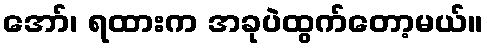
အော်၊ ရထားက အခုပဲထွက်တော့မယ်။